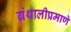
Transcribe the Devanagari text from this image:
ग्रंथालीप्रमाणे